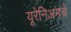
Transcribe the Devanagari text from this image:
यूरेनिअमचे